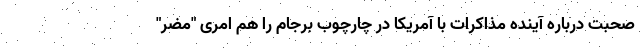
صحبت درباره آینده مذاکرات با آمریکا در چارچوب برجام را هم امری "مضر"